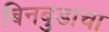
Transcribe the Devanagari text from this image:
बिनबुडाचा